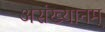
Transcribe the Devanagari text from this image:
असंख्यानम्‌